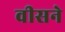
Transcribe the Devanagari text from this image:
वीसने